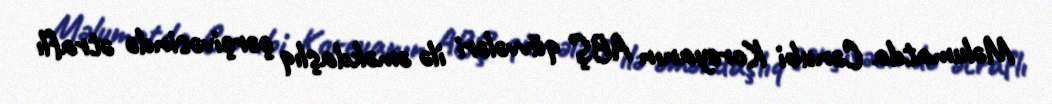
Məlumatda Cənubi Koreyanın ABŞ qüvvələri ilə əməkdaşlıq çərçivəsində ətraflı